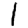
Digit: 1